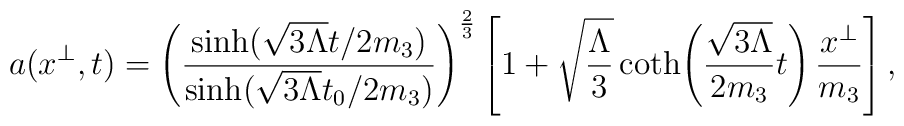
a(x^\perp,t)=\left(\frac{\sinh(\sqrt{3\Lambda}t/2m_3)}{\sinh(\sqrt{3\Lambda}t_0/2m_3)}\right)^{\frac{2}{3}}\left[1+\sqrt{\frac{\Lambda}{3}}\coth\!\left(\frac{\sqrt{3\Lambda}}{2m_3}t\right)\frac{x^\perp}{m_3}\right],